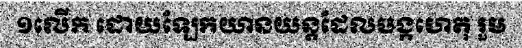
១លើក ដោយឡែកយានយន្តដែលបង្កហេតុ រួម